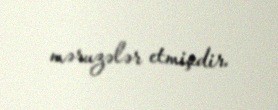
məruzələr etmişdir.